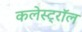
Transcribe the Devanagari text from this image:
कलेस्ट्रॉल